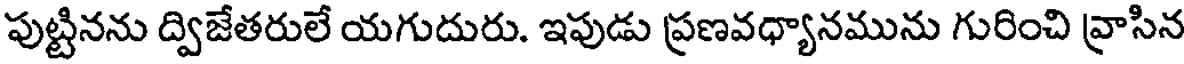
పుట్టినను ద్విజేతరులే యగుదురు. ఇపుడు ప్రణవధ్యానమును గురించి వ్రాసిన